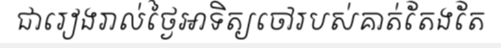
ជារៀងរាល់ថ្ងៃអាទិត្យចៅរបស់គាត់តែងតែ